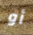
أو